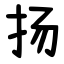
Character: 扬